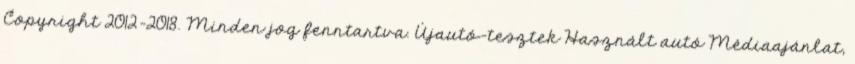
Copyright 2012-2018. Minden jog fenntartva. Újautó-tesztek Használt autó Médiaajánlat,